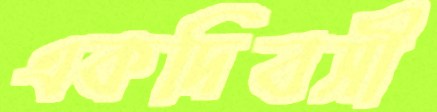
একদিবসী